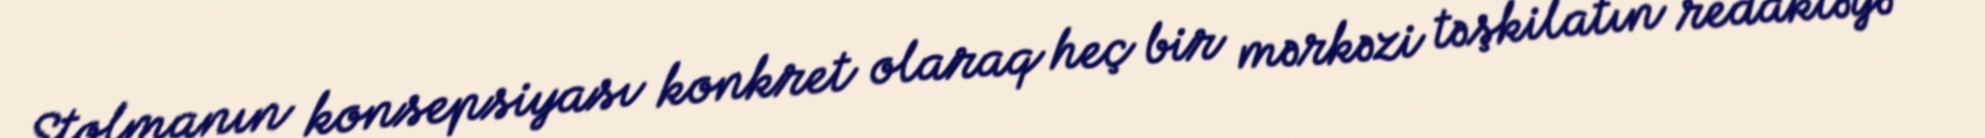
Stolmanın konsepsiyası konkret olaraq heç bir mərkəzi təşkilatın redaktəyə